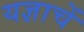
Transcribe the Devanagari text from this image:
यज्ञाचें